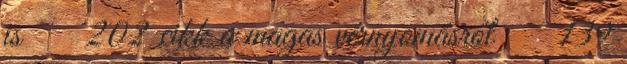
is  202 cikk a magas vérnyomásról  139